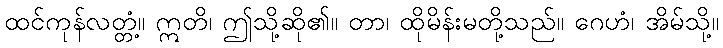
ထင်ကုန်လတ္တံ့။ ဣတိ၊ ဤသို့ဆို၏။ တာ၊ ထိုမိန်းမတို့သည်။ ဂေဟံ၊ အိမ်သို့။